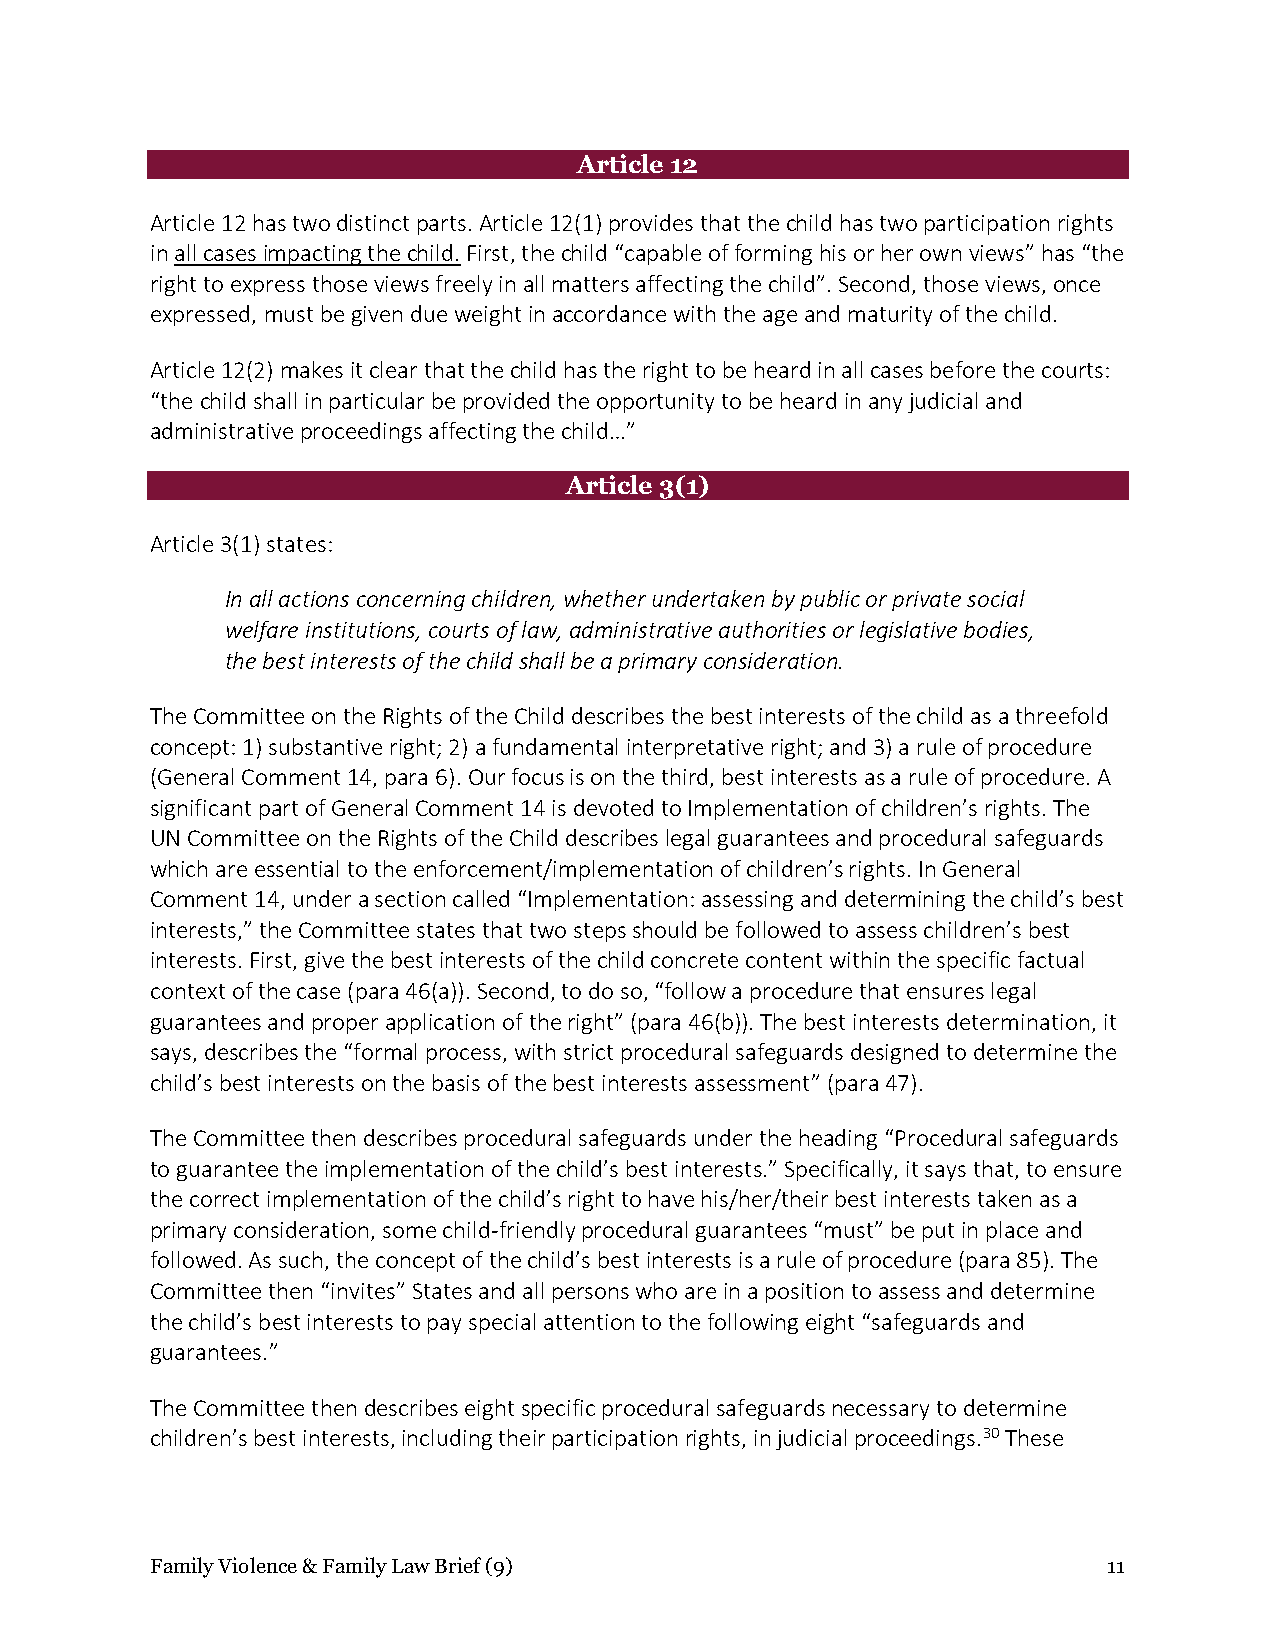
Article 12
 Article 12 has two distinct parts. Article 12(1) provides that the child has two participation rights
 in all cases impacting the child. First, the child “capable of forming his or her own views” has “the
 right to express those views freely in all matters affecting the child”. Second, those views, once
 expressed, must be given due weight in accordance with the age and maturity of the child.
 Article 12(2) makes it clear that the child has the right to be heard in all cases before the courts:
 “the child shall in particular be provided the opportunity to be heard in any judicial and
 administrative proceedings affecting the child…”
 Article 3(1)
 Article 3(1) states:
 In all actions concerning children, whether undertaken by public or private social
 welfare institutions, courts of law, administrative authorities or legislative bodies,
 the best interests of the child shall be a primary consideration.
 The Committee on the Rights of the Child describes the best interests of the child as a threefold
 concept: 1) substantive right; 2) a fundamental interpretative right; and 3) a rule of procedure
 (General Comment 14, para 6). Our focus is on the third, best interests as a rule of procedure. A
 significant part of General Comment 14 is devoted to Implementation of children’s rights. The
 UN Committee on the Rights of the Child describes legal guarantees and procedural safeguards
 which are essential to the enforcement/implementation of children’s rights. In General
 Comment 14, under a section called “Implementation: assessing and determining the child’s best
 interests,” the Committee states that two steps should be followed to assess children’s best
 interests. First, give the best interests of the child concrete content within the specific factual
 context of the case (para 46(a)). Second, to do so, “follow a procedure that ensures legal
 guarantees and proper application of the right” (para 46(b)). The best interests determination, it
 says, describes the “formal process, with strict procedural safeguards designed to determine the
 child’s best interests on the basis of the best interests assessment” (para 47).
 The Committee then describes procedural safeguards under the heading “Procedural safeguards
 to guarantee the implementation of the child’s best interests.” Specifically, it says that, to ensure
 the correct implementation of the child’s right to have his/her/their best interests taken as a
 primary consideration, some child-friendly procedural guarantees “must” be put in place and
 followed. As such, the concept of the child’s best interests is a rule of procedure (para 85). The
 Committee then “invites” States and all persons who are in a position to assess and determine
 the child’s best interests to pay special attention to the following eight “safeguards and
 guarantees.”
 The Committee then describes eight specific procedural safeguards necessary to determine
 children’s best interests, including their participation rights, in judicial proceedings.30 These
 Family Violence & Family Law Brief (9)                         11